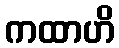
ကထာဟိ